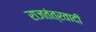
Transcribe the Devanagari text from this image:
राजतंत्रवादी